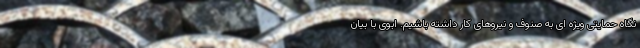
نگاه حمایتی ویژه ای به صنوف و نیروهای کار داشته باشیم. ابوی با بیان